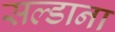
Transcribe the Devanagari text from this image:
सल्डाना